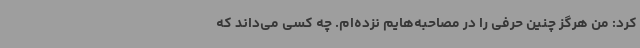
کرد: من هرگز چنین حرفی را در مصاحبه‌هایم نزده‌ام. چه کسی می‌داند که